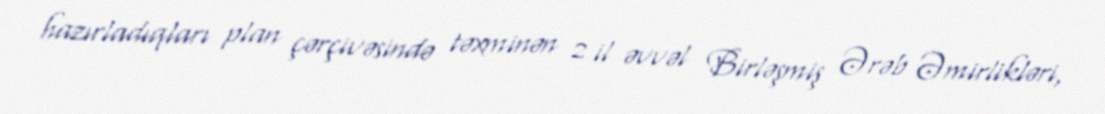
hazırladıqları plan çərçivəsində təxminən 2 il əvvəl Birləşmiş Ərəb Əmirlikləri,